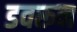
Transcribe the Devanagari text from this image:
डवरून